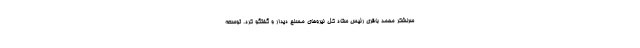
سرلشکر محمد باقری رئیس ستاد کل نیروهای مسلح دیدار و گفتگو کرد. توسعه